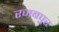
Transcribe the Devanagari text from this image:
रजबपुर